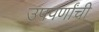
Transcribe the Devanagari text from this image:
उपपर्णांची